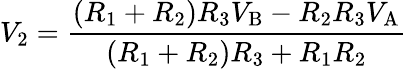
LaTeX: V_{2}={\frac{(R_{1}+R_{2})R_{3}V_{\mathrm{B}}-R_{2}R_{3}V_{\mathrm{A}}}{(R_{1}+R_{2})R_{3}+R_{1}R_{2}}}